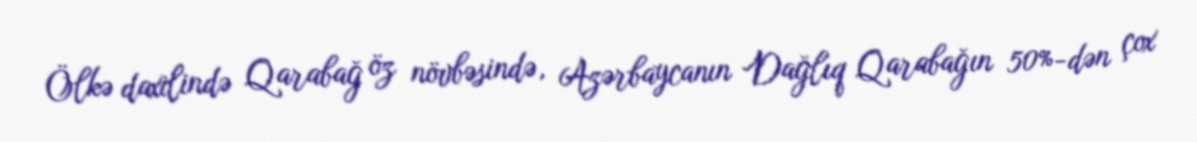
Ölkə daxilində Qarabağ öz növbəsində, Azərbaycanın Dağlıq Qarabağın 50%-dən çox